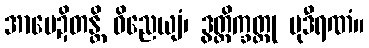
အာမေဍိတန္တိ ဝိညေယျံ၊ ဒွတ္တိက္ခတ္တု မုဒီရဏံ။